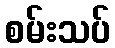
စမ်းသပ်